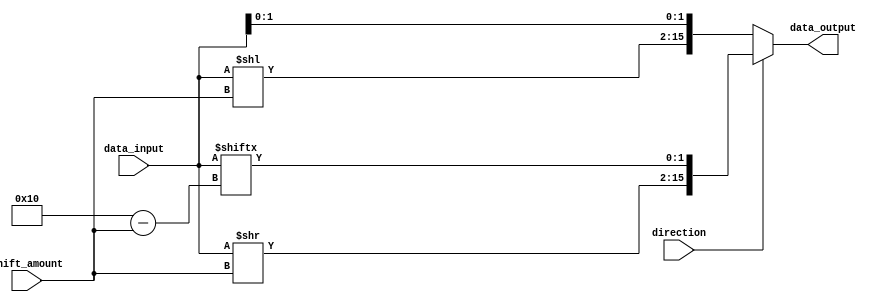
module barrel_shifter (
    input [15:0] data_input,
    input [3:0] shift_amount,
    input direction,
    output reg [15:0] data_output
);

always @(*) begin
    if (direction) begin // right shift
        data_output = {data_input >> shift_amount, data_input[15:16-shift_amount]};
    end else begin // left shift
        data_output = {data_input << shift_amount, data_input[shift_amount-1:0]};
    end
end

endmodule